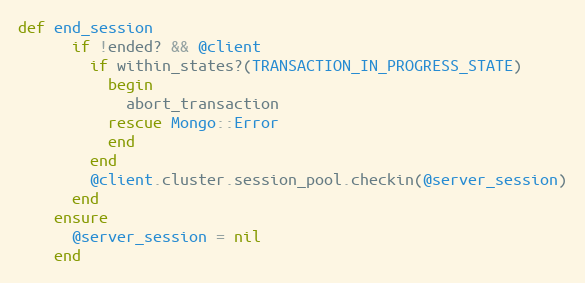
Language: Ruby
def end_session
      if !ended? && @client
        if within_states?(TRANSACTION_IN_PROGRESS_STATE)
          begin
            abort_transaction
          rescue Mongo::Error
          end
        end
        @client.cluster.session_pool.checkin(@server_session)
      end
    ensure
      @server_session = nil
    end